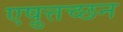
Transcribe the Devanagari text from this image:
एष़ुत्तच्छन